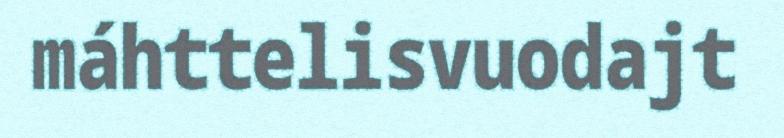
máhttelisvuodajt